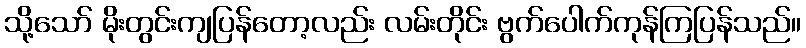
သို့သော် မိုးတွင်းကျပြန်တော့လည်း လမ်းတိုင်း ဗွက်ပေါက်ကုန်ကြပြန်သည်။